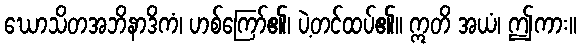
ဃောသိတအဘိနာဒိကံ၊ ဟစ်ကြော်၏၊ ပဲ့တင်ထပ်၏။ ဣတိ အယံ၊ ဤကား။